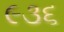
૯૩૬